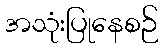
အသုံးပြုနေစဉ်